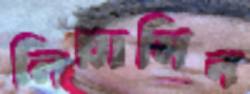
লিয়ামিন